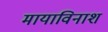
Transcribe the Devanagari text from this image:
मायाविनाश